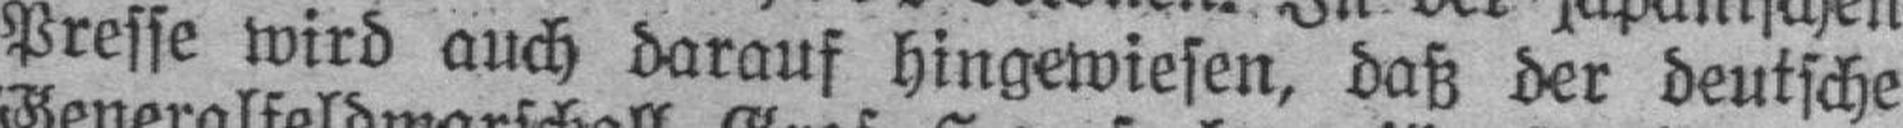
Presse wird auch darauf hingewiesen, daß der deutsche